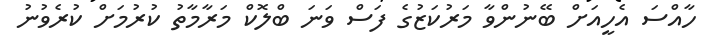
ހާއްސަ އެހީއަށް ބޭނުންވާ މަރުކަޒުގެ ފަސް ވަނަ ބްލޮކް މަރާމާތު ކުރުމަށް ކުރެވުނު